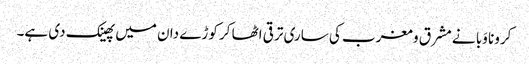
کرونا وَبا نے مشرق و مغرب کی ساری ترقی اٹھا کر کوڑے دان میں پھینک دی ہے۔